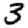
Digit: 3